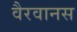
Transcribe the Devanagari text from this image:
वैरवानस